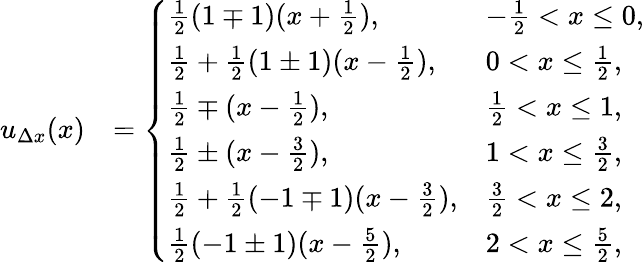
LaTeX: \begin{array}{rl}{u_{\Delta x}(x)}&{=\left\{ \begin{array}{ll}{\frac{1}{2}\left(1\mp 1\right)(x+\frac{1}{2}),}&{-\frac{1}{2}<x\leq 0,}\\ {\frac{1}{2}+\frac{1}{2}\left(1\pm 1\right)(x-\frac{1}{2}),}&{0<x\leq\frac{1}{2},}\\ {\frac{1}{2}\mp(x-\frac{1}{2}),}&{\frac{1}{2}<x\leq 1,}\\ {\frac{1}{2}\pm(x-\frac{3}{2}),}&{1<x\leq\frac{3}{2},}\\ {\frac{1}{2}+\frac{1}{2}\left(-1\mp 1\right)(x-\frac{3}{2}),}&{\frac{3}{2}<x\leq 2,}\\ {\frac{1}{2}\left(-1\pm 1\right)(x-\frac{5}{2}),}&{2<x\leq\frac{5}{2},}\end{array}\right.}\end{array}